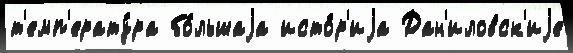
т'емп'ерату́ра бо́льшаjа исто́р'иjа Дан'иловск'иjе